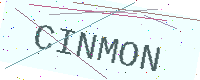
Text: CINMON